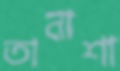
তানাশা